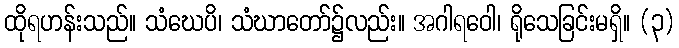
ထိုရဟန်းသည်။ သံဃေပိ၊ သံဃာတော်၌လည်း။ အဂါရဝေါ၊ ရိုသေခြင်းမရှိ။ (၃)